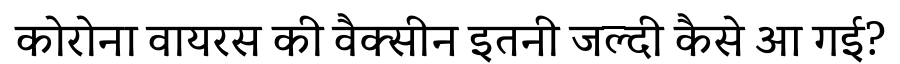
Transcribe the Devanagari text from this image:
कोरोना वायरस की वैक्सीन इतनी जल्दी कैसे आ गई?